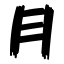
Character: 月